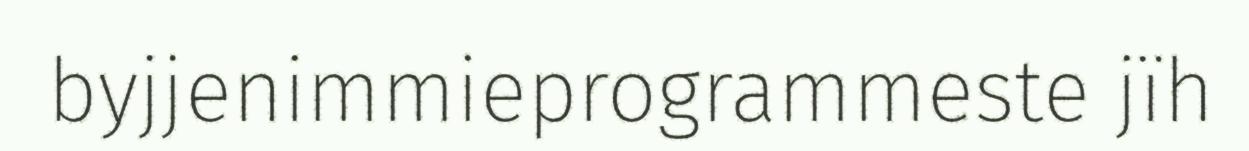
byjjenimmieprogrammeste jïh